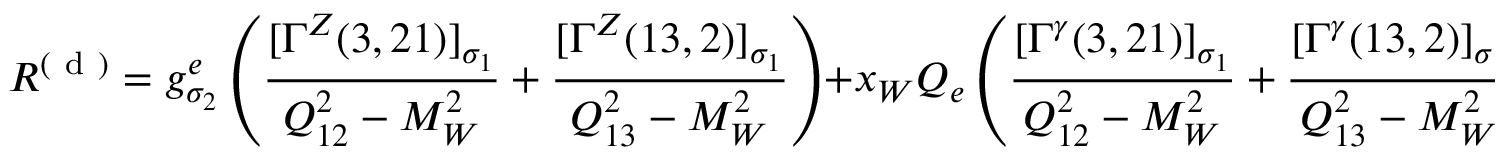
{ \cal R } ^ { ( \mathrm { ~ d ~ } ) } = g _ { \sigma _ { 2 } } ^ { e } \left( \frac { [ \Gamma ^ { Z } ( 3 , 2 1 ) ] _ { \sigma _ { 1 } } } { Q _ { 1 2 } ^ { 2 } - M _ { W } ^ { 2 } } + \frac { [ \Gamma ^ { Z } ( 1 3 , 2 ) ] _ { \sigma _ { 1 } } } { Q _ { 1 3 } ^ { 2 } - M _ { W } ^ { 2 } } \right) + x _ { W } Q _ { e } \left( \frac { [ \Gamma ^ { \gamma } ( 3 , 2 1 ) ] _ { \sigma _ { 1 } } } { Q _ { 1 2 } ^ { 2 } - M _ { W } ^ { 2 } } + \frac { [ \Gamma ^ { \gamma } ( 1 3 , 2 ) ] _ { \sigma _ { 1 } } } { Q _ { 1 3 } ^ { 2 } - M _ { W } ^ { 2 } } \right) \; .